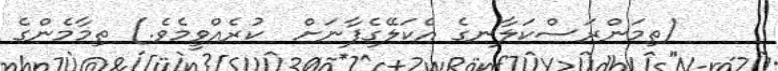
(ތިމަންރަސްކަލާނގެ އެކަލޭގެފާނަށް  ކުރެއްވީމެވެ.) ތިމާމެންގެ